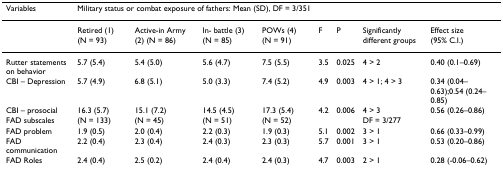
| Variables | <COLSPAN=8> Military status or combat exposure of fathers: Mean (SD), DF = 3/351 |
 | --- | --- | --- | --- | --- | --- | --- | --- | --- |
 |  | Retired (1) (N = 93) | Active-in Army (2) (N = 86) | In- battle (3) (N = 85) | POWs (4) (N = 91) | F | P | Significantly different groups | Effect size (95% C.I.) |
 | Rutter statements on behavior | 5.7 (5.4) | 5.4 (5.0) | 5.6 (4.7) | 7.5 (5.5) | 3.5 | 0.025 | 4 > 2 | 0.40 (0.1–0.69) |
 | CBI – Depression | 5.7 (4.9) | 6.8 (5.1) | 5.0 (3.3) | 7.4 (5.2) | 4.9 | 0.003 | 4 > 1; 4 > 3 | 0.34 (0.04–0.63);0.54 (0.24–0.85) |
 | CBI – prosocial | 16.3 (5.7) | 15.1 (7.2) | 14.5 (4.5) | 17.3 (5.4) | 4.2 | 0.006 | 4 > 3 | 0.56 (0.26–0.86) |
 | FAD subscales | (N = 133) | (N = 45) | (N = 51) | (N = 52) |  |  | DF = 3/277 |  |
 | FAD problem | 1.9 (0.5) | 2.0 (0.4) | 2.2 (0.3) | 1.9 (0.3) | 5.1 | 0.002 | 3 > 1 | 0.66 (0.33–0.99) |
 | FAD communication | 2.2 (0.4) | 2.3 (0.4) | 2.4 (0.3) | 2.3 (0.3) | 5.7 | 0.001 | 3 > 1 | 0.53 (0.20–0.86) |
 | FAD Roles | 2.4 (0.4) | 2.5 (0.2) | 2.4 (0.4) | 2.4 (0.3) | 4.7 | 0.003 | 2 > 1 | 0.28 (-0.06–0.62) |